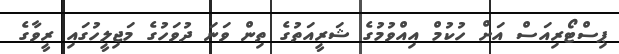
ޕިސްޓޯރިއަސް އަށް ހުކުމް އިއްވުމުގެ ޝަރީއަތުގެ ތިން ވަނަ ދުވަހުގެ މަޖިލީހުގައި ރީވާގެ